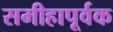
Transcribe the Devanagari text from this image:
समीहापूर्वक